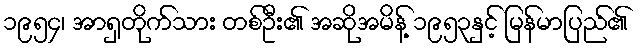
၁၉၅၄၊ အာရှတိုက်သား တစ်ဦး၏ အဆိုအမိန့် ၁၉၅၃နှင့် မြန်မာပြည်၏